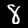
Label: 8